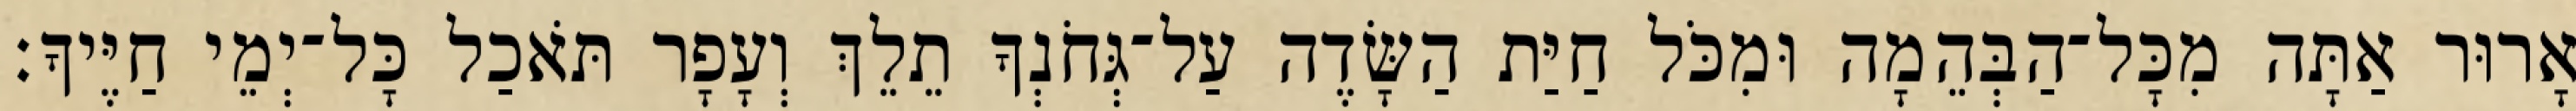
אָרוּר אַתָּה מִכָּל־הַבְּהֵמָה וּמִכֹּל חַיַּת הַשָּׂדֶה עַל־גְּחֹנְךָ תֵלֵךְ וְעָפָר תֹּאכַל כָּל־יְמֵי חַיֶּיךָ׃